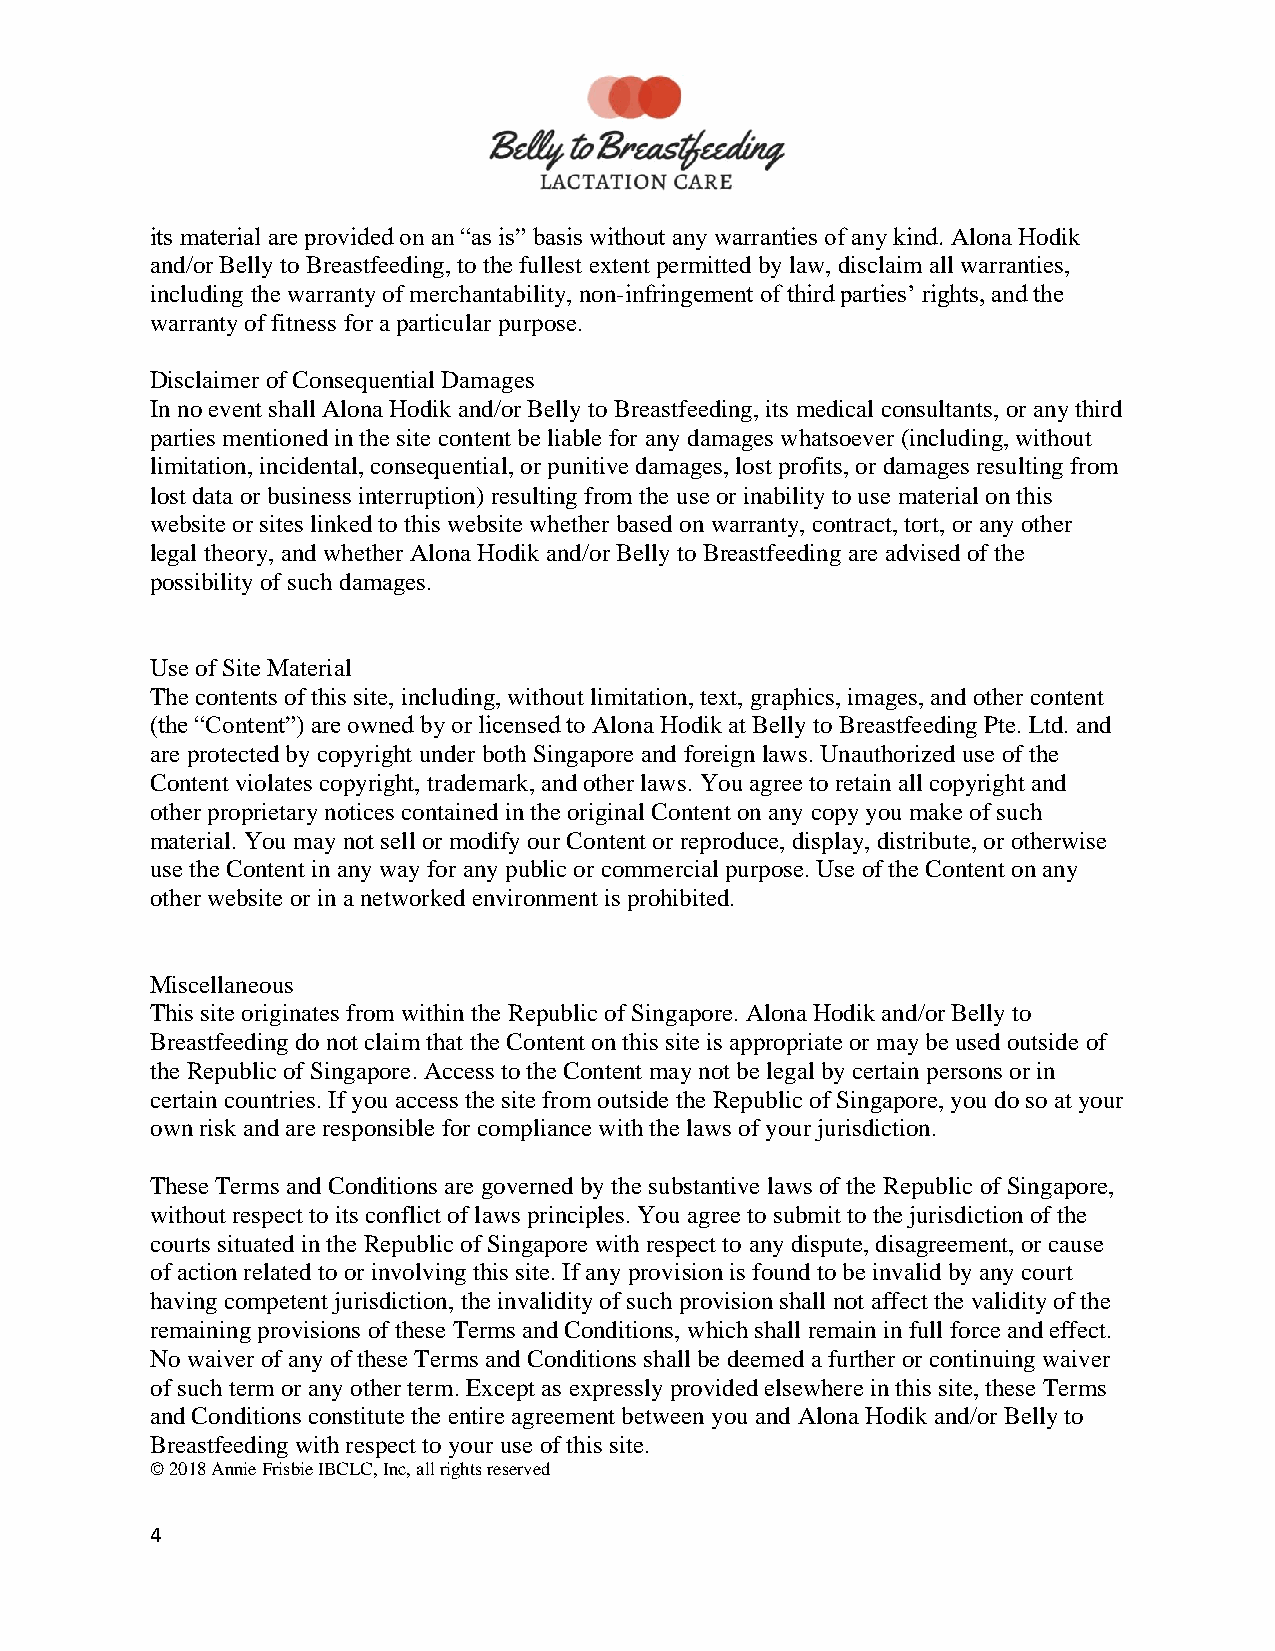
its material are provided on an “as is” basis without any warranties of any kind. Alona Hodik
 and/or Belly to Breastfeeding, to the fullest extent permitted by law, disclaim all warranties,
 including the warranty of merchantability, non-infringement of third parties’ rights, and the
 warranty of fitness for a particular purpose.
 Disclaimer of Consequential Damages
 In no event shall Alona Hodik and/or Belly to Breastfeeding, its medical consultants, or any third
 parties mentioned in the site content be liable for any damages whatsoever (including, without
 limitation, incidental, consequential, or punitive damages, lost profits, or damages resulting from
 lost data or business interruption) resulting from the use or inability to use material on this
 website or sites linked to this website whether based on warranty, contract, tort, or any other
 legal theory, and whether Alona Hodik and/or Belly to Breastfeeding are advised of the
 possibility of such damages.
 Use of Site Material
 The contents of this site, including, without limitation, text, graphics, images, and other content
 (the “Content”) are owned by or licensed to Alona Hodik at Belly to Breastfeeding Pte. Ltd. and
 are protected by copyright under both Singapore and foreign laws. Unauthorized use of the
 Content violates copyright, trademark, and other laws. You agree to retain all copyright and
 other proprietary notices contained in the original Content on any copy you make of such
 material. You may not sell or modify our Content or reproduce, display, distribute, or otherwise
 use the Content in any way for any public or commercial purpose. Use of the Content on any
 other website or in a networked environment is prohibited.
 Miscellaneous
 This site originates from within the Republic of Singapore. Alona Hodik and/or Belly to
 Breastfeeding do not claim that the Content on this site is appropriate or may be used outside of
 the Republic of Singapore. Access to the Content may not be legal by certain persons or in
 certain countries. If you access the site from outside the Republic of Singapore, you do so at your
 own risk and are responsible for compliance with the laws of your jurisdiction.
 These Terms and Conditions are governed by the substantive laws of the Republic of Singapore,
 without respect to its conflict of laws principles. You agree to submit to the jurisdiction of the
 courts situated in the Republic of Singapore with respect to any dispute, disagreement, or cause
 of action related to or involving this site. If any provision is found to be invalid by any court
 having competent jurisdiction, the invalidity of such provision shall not affect the validity of the
 remaining provisions of these Terms and Conditions, which shall remain in full force and effect.
 No waiver of any of these Terms and Conditions shall be deemed a further or continuing waiver
 of such term or any other term. Except as expressly provided elsewhere in this site, these Terms
 and Conditions constitute the entire agreement between you and Alona Hodik and/or Belly to
 Breastfeeding with respect to your use of this site.
 © 2018 Annie Frisbie IBCLC, Inc, all rights reserved
 4